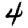
Digit: 4